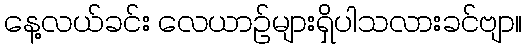
နေ့လယ်ခင်း လေယာဉ်များရှိပါသလားခင်ဗျာ။